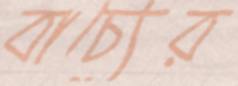
বাচ্যের